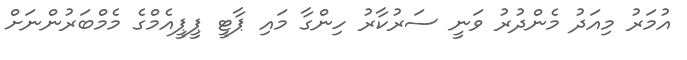
އުމަރު މިއަދު މެންދުރު ވަނީ ސަރުކާރު ހިންގާ މައި ޕާޓީ ޕީޕީއެމްގެ މެމްބަރުންނަށް